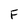
Character: F